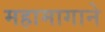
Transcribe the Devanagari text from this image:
महामागाने